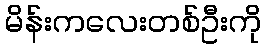
မိန်းကလေးတစ်ဦးကို